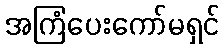
အကြံပေးကော်မရှင်